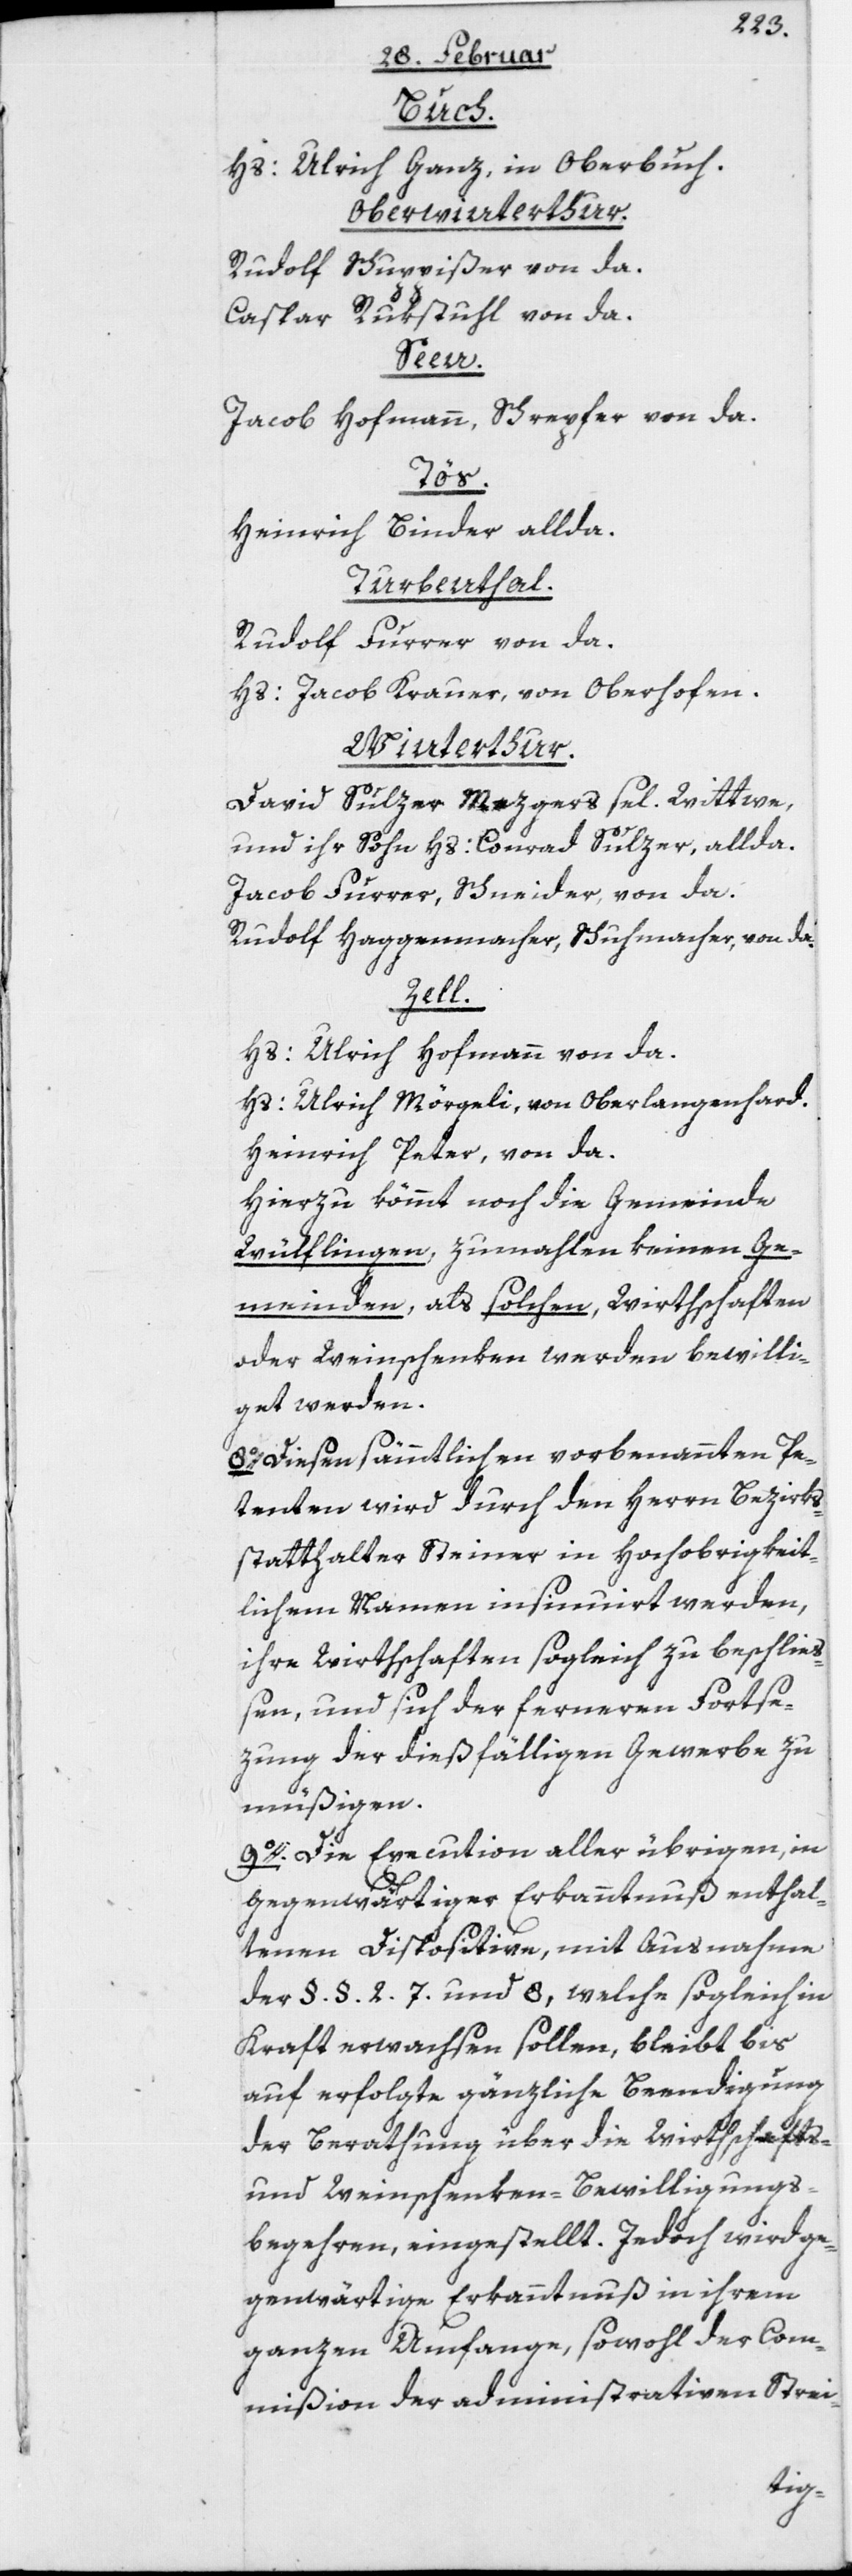
Buch.
Hs: Ulrich Ganz, in Oberbuch.
Oberwinterthur.
Rudolf Schuppißer von da.
Caspar Rukstuhl von da.
Seen.
Jacob Hofmann, Schrepfer von da.
Heinrich Binder allda.
Turbenthal.
Rudolf Furrer von da.
Hs: Jacob Krauer, von Oberhofen.
Winterthur.
David Sulzer Mezgers sel. Wittwe,
und ihr Sohn Hs: Conrad Sulzer, allda.
Jacob Furrer, Schneider, von da.
Rudolf Haggenmacher, Schuhmacher, von da.
Zell.
Hs: Ulrich Hofmann von da.
Hs: Ulrich Mörgeli, von Oberlangenhard.
Heinrich Peter, von da.
Hierzu kömmt noch die Gemeinde
Wülflingen, zumahlen keinen Ge¬
meinden, als solchen, Wirthschaften
oder Weinschenken werden bewilli¬
get werden.
8o. Diesen sämmtlichen vorbenannten Pe¬
tenten wird durch den Herren Bezirks¬
statthalter Steiner in Hochobrigkeit¬
lichem Namen insinuirt werden,
ihre Wirthschaften sogleich zu beschließ¬
en, und sich der ferneren Fortse¬
zung der dießfälligen Gewerbe zu
müßigen.
9o. Die Execution aller übrigen, in
gegenwärtiger Erkanntnuß enthal¬
tenen Dispositive, mit Ausnahme
der §. §. 2.[,] 7. und 8, welche sogleich in
Kraft erwachsen sollen, bleibt bis
auf erfolgte gänzliche Beendigung
der Berathung über die Wirthschafts-
und Weinschenken-Bewilligungs¬
begehren, eingestellt. Jedoch wird ge¬
genwärtige Erkanntnuß in ihrem
ganzen Umfange, sowohl der Com¬
mißion der administrativen Strei-